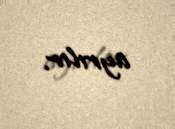
ayrılır.